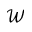
\mathcal { W }